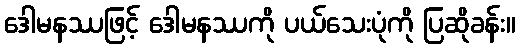
ဒေါမနဿဖြင့် ဒေါမနဿကို ပယ်သေးပုံကို ပြဆိုခန်း။